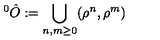
^ { 0 } \hat { O } : = \bigcup _ { n , m \geq 0 } ( \rho ^ { n } , \rho ^ { m } )